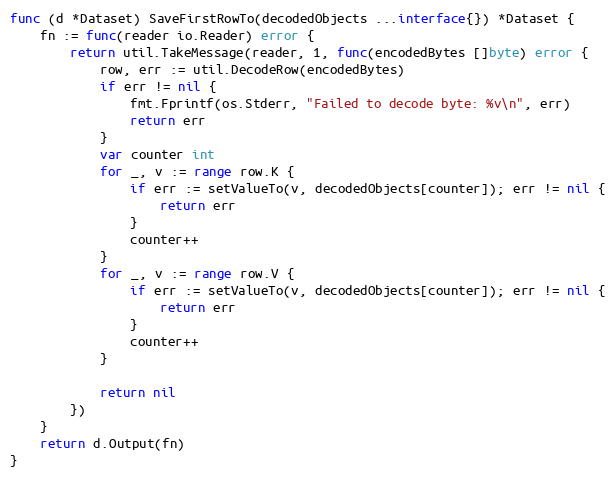
Language: Go
func (d *Dataset) SaveFirstRowTo(decodedObjects ...interface{}) *Dataset {
	fn := func(reader io.Reader) error {
		return util.TakeMessage(reader, 1, func(encodedBytes []byte) error {
			row, err := util.DecodeRow(encodedBytes)
			if err != nil {
				fmt.Fprintf(os.Stderr, "Failed to decode byte: %v\n", err)
				return err
			}
			var counter int
			for _, v := range row.K {
				if err := setValueTo(v, decodedObjects[counter]); err != nil {
					return err
				}
				counter++
			}
			for _, v := range row.V {
				if err := setValueTo(v, decodedObjects[counter]); err != nil {
					return err
				}
				counter++
			}

			return nil
		})
	}
	return d.Output(fn)
}